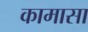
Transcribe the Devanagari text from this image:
कामासा